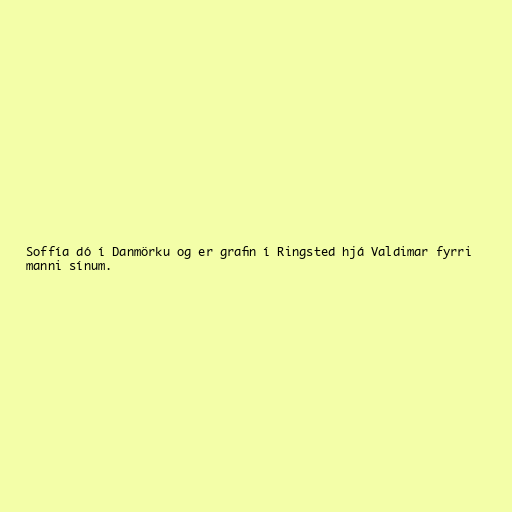
Soffía dó í Danmörku og er grafin í Ringsted hjá Valdimar fyrri
manni sínum.